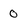
Character: 0